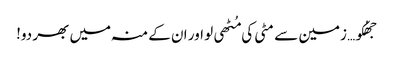
جھُکو… زمین سے مٹی کی مُٹھی لو اور ان کے منہ میں بھر دو!